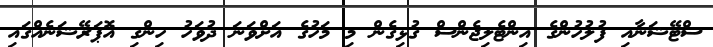
ސްޓޭޝަނާއި ފުލުހުންގެ އިންޓެލިޖެންސް ގުޅިގެން މި މަހުގެ އަށްވަނަ ދުވަހު ހިންގި އޮޕަރޭޝަނެއްގައި